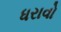
ધરાવો